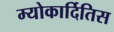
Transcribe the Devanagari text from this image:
म्योकार्दितिस